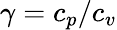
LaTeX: \gamma=c_{p}/c_{v}